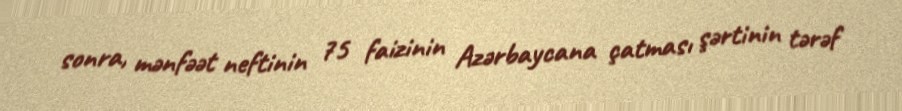
sonra, mənfəət neftinin 75 faizinin Azərbaycana çatması şərtinin tərəf